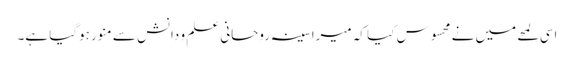
اسی لمحے میں نے محسوس کیا کہ میرا سینہ روحانی علم و دانش سے منور ہوگیا ہے۔